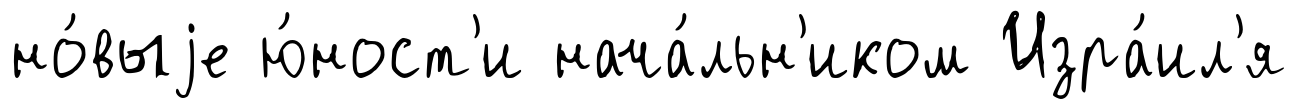
но́выjе ю́ност'и нача́льн'иком Изра́ил'я